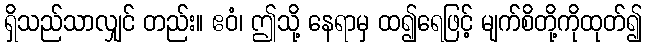
ရှိသည်သာလျှင် တည်း။ ဧဝံ၊ ဤသို့ နေရာမှ ထ၍ရေဖြင့် မျက်စိတို့ကိုထုတ်၍